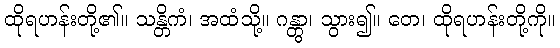
ထိုရဟန်းတို့၏။ သန္တိကံ၊ အထံသို့။ ဂန္တွာ၊ သွား၍။ တေ၊ ထိုရဟန်းတို့ကို။